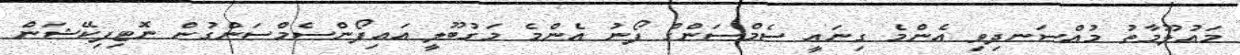
މައުލޫމާތު މުއްސަނދިވި އެންމެ ގިނައީ ސެމްސަންގް ފޯނު އެންމެ މަގުބޫލީ އައިފޯންސެމްސަންގުން ނޮޓިފިކޭޝަން